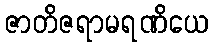
ဇာတိဇရာမရဏိယေ